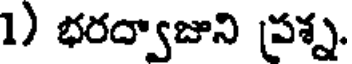
1) భరద్వాజుని ప్రశ్న.